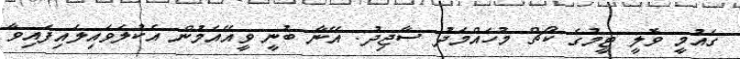
ގައުމީ ވޮލީ ޓީމުގެ ކޯޗް މުހައްމަދު ސާޖިދު: އޭނާ ބުނީ ވީއޭއެމުން އެކުލަވައިލައިފައިވާ